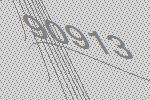
90913